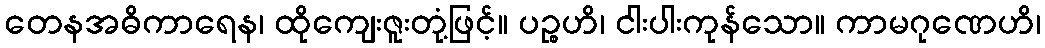
တေနအဓိကာရေန၊ ထိုကျေးဇူးတုံ့ဖြင့်။ ပဉ္စဟိ၊ ငါးပါးကုန်သော။ ကာမဂုဏေဟိ၊